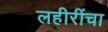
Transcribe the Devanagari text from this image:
लहीरींचा